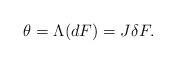
LaTeX: \begin{align*}\theta = \Lambda(dF) = J\delta F.\end{align*}